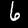
Digit: 6